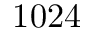
1 0 2 4